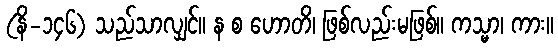
(နိ-၁၄၆) သည်သာလျှင်။ န စ ဟောတိ၊ ဖြစ်လည်းမဖြစ်။ ကသ္မာ၊ ကား။